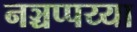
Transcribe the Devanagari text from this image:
नञ्चप्पय्या